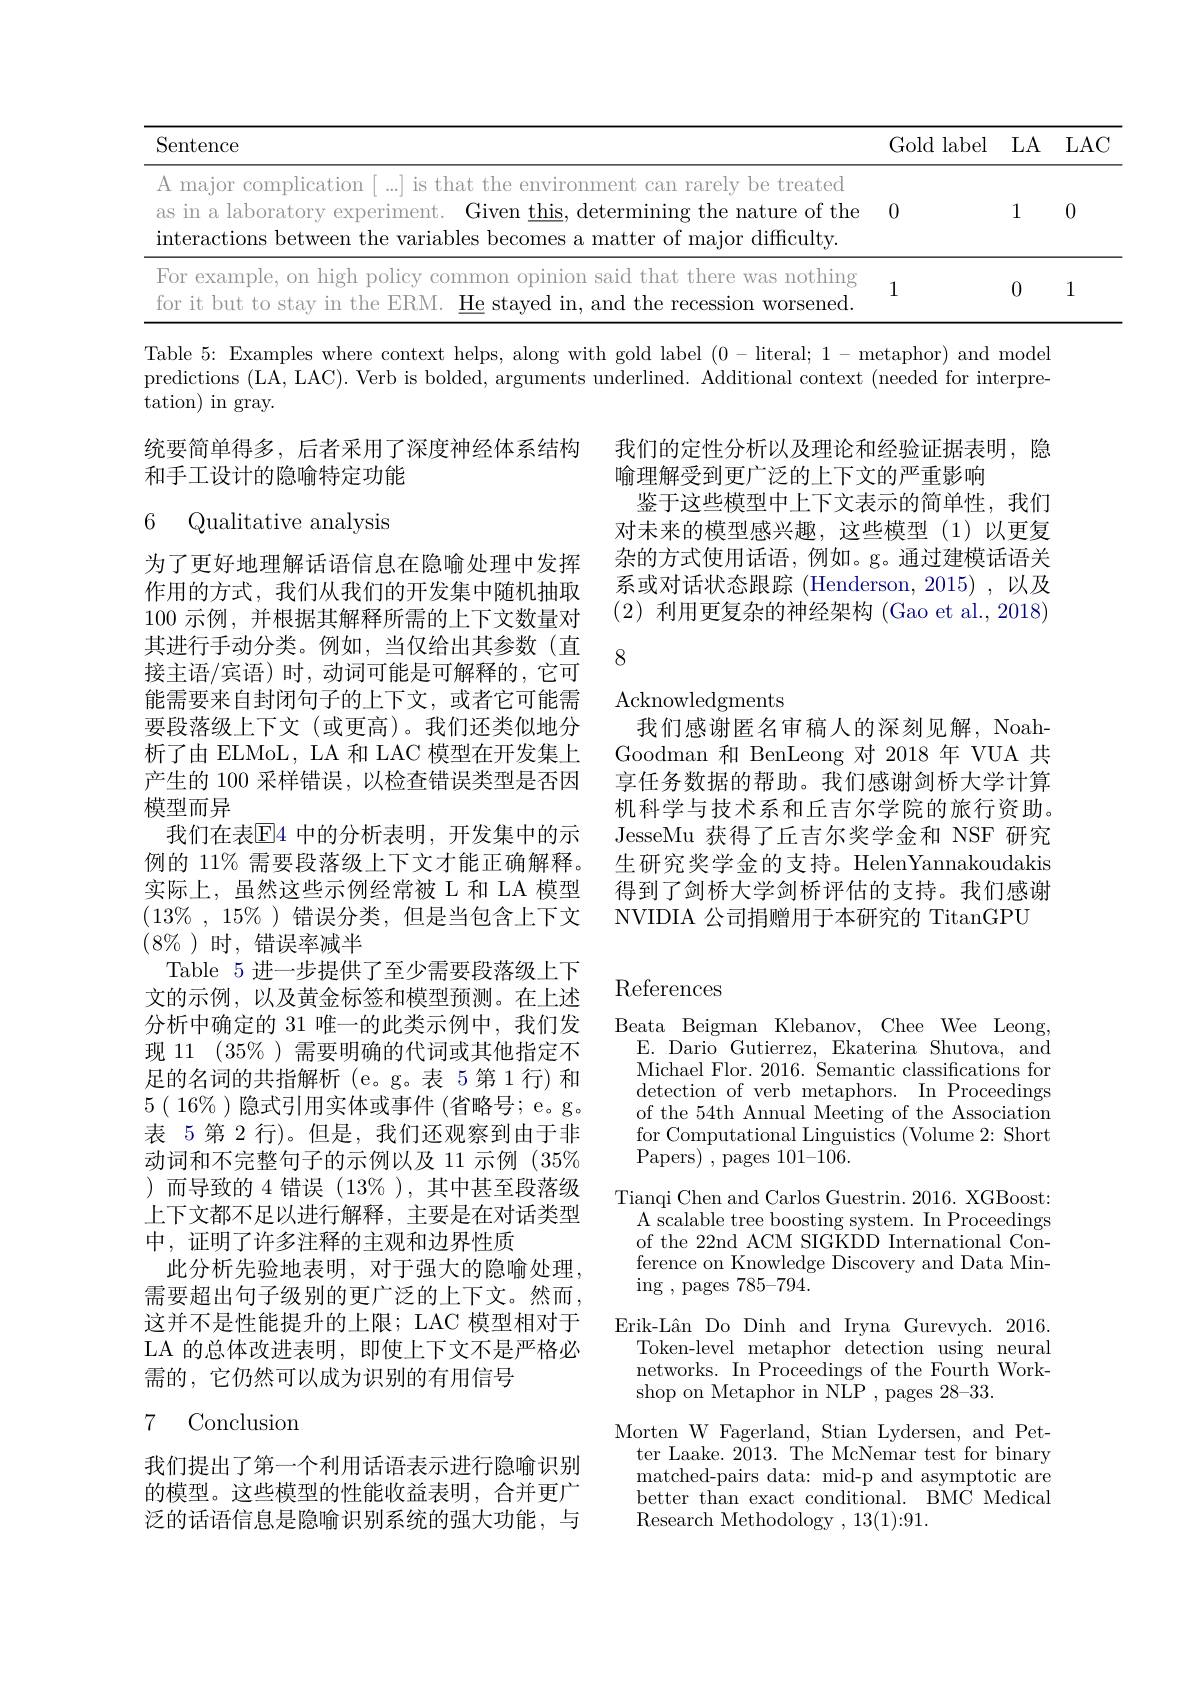
<table>
	<tbody>
		<tr>
			<th>$\operatorname{Sentence}$</th>
			<th>Gold label</th>
			<th>LA</th>
			<th>LAC</th>
		</tr>
		<tr>
			<td>A major complication $\lceil...\rceil$ is that the environment can rarely be treated as in a laboratory experiment. Given this, determining the nature of the interactions between the variables becomes a matter of major difficulty.</td>
			<td>0</td>
			<td>1</td>
			<td>0</td>
		</tr>
		<tr>
			<td>For example, on high policy common opinion said that there was nothing for it but to stav in the ERM. He stayed in, and the recession worsened.</td>
			<td>1</td>
			<td>0</td>
			<td>1</td>
		</tr>
	</tbody>
</table>

Table 5{:}Examples where context helps, along with gold label (0-literal; 1- metaphor) and model predictions (LA, LAC). Verb is bolded, arguments underlined. Additional context (needed for interpre- ${\mathrm{tation)~in~gray.}}$

统要简单得多，后者采用了深度神经体系结构
和手工设计的隐喻特定功能

## 6 Qualitative analysis

我们的定性分析以及理论和经验证据表明，隐
喻理解受到更广泛的上下文的严重影响
鉴于这些模型中上下文表示的简单性，我们对未来的模型感兴趣，这些模型(1)以更复杂的方式使用话语，例如。g。通过建模话语关系或对话状态跟踪 (Henderson, 2015) ,以及(2)利用更复杂的神经架构 (Gao et al., 2018)

8

Acknowledgments

我们感谢匿名审稿人的深刻见解，NoahGoodman 和 BenLeong 对 2018 年 VUA 共享任务数据的帮助。我们感谢剑桥大学计算机科学与技术系和丘吉尔学院的旅行资助。JesseMu 获得了丘吉尔奖学金和 NSF 研究生研究奖学金的支持。HelenYannakoudakis 得到了剑桥大学剑桥评估的支持。我们感谢NVIDIA 公司捐赠用于本研究的 TitanGPU

为了更好地理解话语信息在隐喻处理中发挥作用的方式，我们从我们的开发集中随机抽取100示例，并根据其解释所需的上下文数量对其进行手动分类。例如，当仅给出其参数(直接主语/宾语)时，动词可能是可解释的，它可能需要来自封闭句子的上下文，或者它可能需要段落级上下文(或更高)。我们还类似地分析了由 ELMoL, LA 和 LAC 模型在开发集上产生的 100 采样错误，以检查错误类型是否因模型而异
我们在表$\overline{\mathrm{E}}$4 中的分析表明，开发集中的示例的 11% 需要段落级上下文才能正确解释。实际上，虽然这些示例经常被 L 和 LA 模型$(13\%,15\%)$错误分类，但是当包含上下文$(8\%)$ 时，错误率减半
Table 5 进一步提供了至少需要段落级上下文的示例，以及黄金标签和模型预测。在上述分析中确定的 31 唯一的此类示例中，我们发现 11 (35%)需要明确的代词或其他指定不足的名词的共指解析(e。g。表 5第1行)和$5(\begin{array}{c}16\%\end{array})$隐式引用实体或事件 (省略号；e。g。表 5第 2 行)。但是，我们还观察到由于非动词和不完整句子的示例以及 11 示例 (35% )而导致的 4 错误(13%),其中甚至段落级上下文都不足以进行解释，主要是在对话类型中，证明了许多注释的主观和边界性质
此分析先验地表明，对于强大的隐喻处理， 需要超出句子级别的更广泛的上下文。然而， 这并不是性能提升的上限；LAC 模型相对于LA 的总体改进表明，即使上下文不是严格必需的，它仍然可以成为识别的有用信号
7 Conclusion

## References

Beata Beigman Klebanov, Chee Wee Leong,
E. Dario Gutierrez, Ekaterina Shutova, and Michael Flor. 2016. Semantic classifications for detection of verb metaphors. In Proceedings of the 54th Annual Meeting of the Association for Computational Linguistics (Volume 2: Short Papers) , pages 101-106.
Tianqi Chen and Carlos Guestrin. 2016. XGBoost:
A scalable tree boosting system. In Proceedings of the 22nd ACM SIGKDD International Conference on Knowledge Discovery and Data Mining ,pages 785-794.
Erik-Lân Do Dinh and Iryna Gurevych. 2016.
Token-level metaphor detection using neural networks. In Proceedings of the Fourth Workshop on Metaphor in NLP , pages 28-33.
Morten W Fagerland, Stian Lydersen, and Petter Laake. $\bar{2013}.$ The McNemar test for binary matched-pairs data: mid-p and asymptotic are better than exact conditional. BMC Medical Research Methodology ,13(1){:}91.

我们提出了第一个利用话语表示进行隐喻识别的模型。这些模型的性能收益表明，合并更广泛的话语信息是隐喻识别系统的强大功能，与